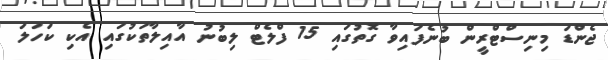
ޖެންޑަ މިނިސްޓްރީން ބުނެފައިވާ ގޮތުގައި 15 ފްލެޓް ލިބުނު އާއިލާތަކުގައި އެކި ކަހަލަ